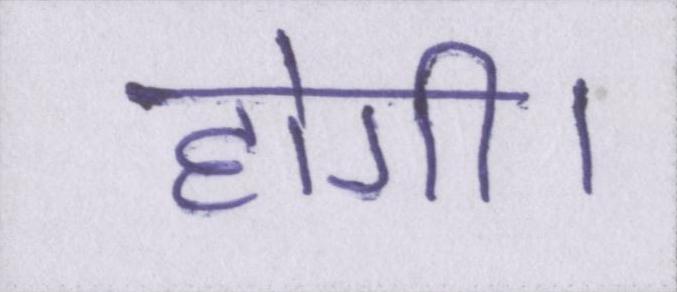
होगी।